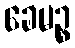
ခေမဉ္စ